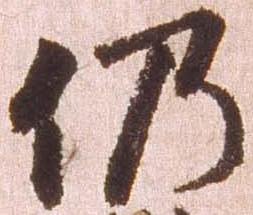
仍